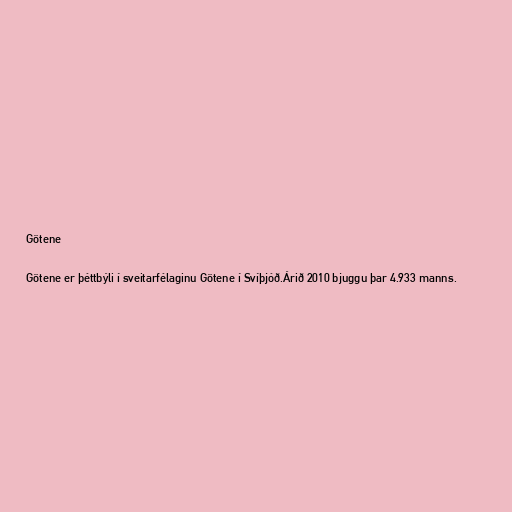
Götene

Götene er þéttbýli í sveitarfélaginu Götene í Svíþjóð.Árið 2010 bjuggu þar 4.933 manns.